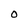
Character: 0